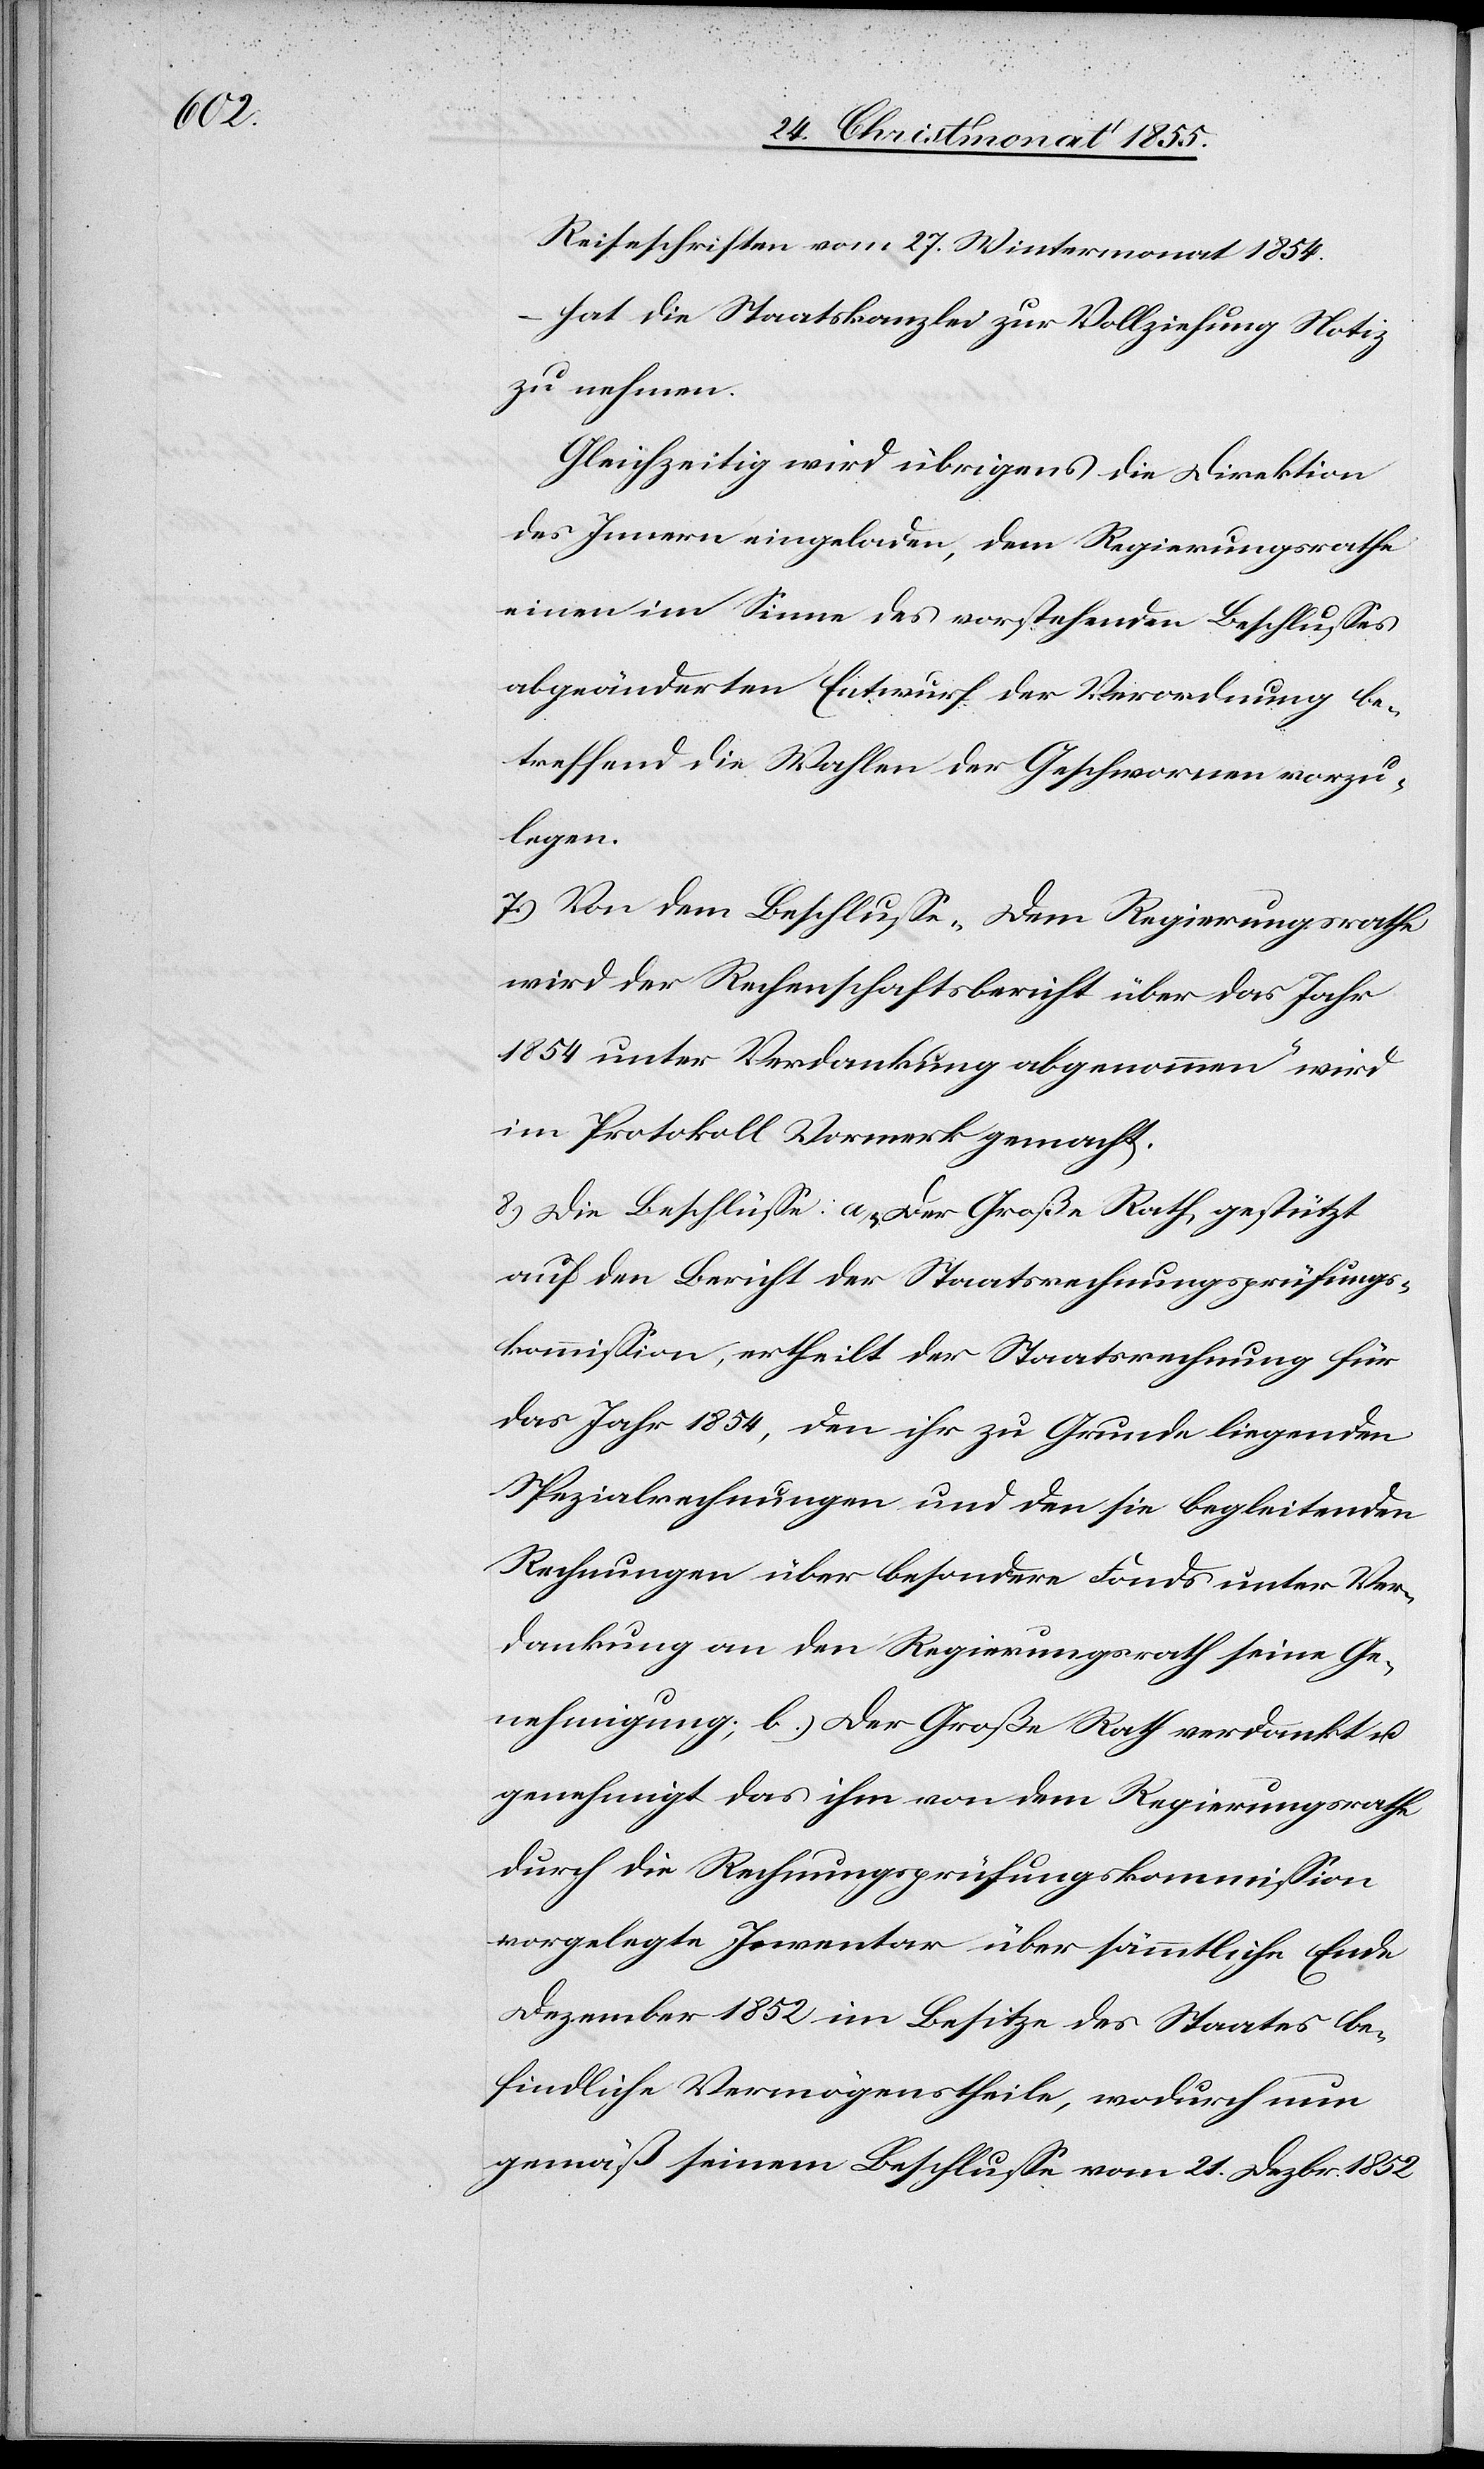
Reiseschriften vom 27. Wintermonat 1854.[“]
hat die Staatskanzlei zur Vollziehung Notiz
zu nehmen.
Gleichzeitig wird übrigens die Direktion
des Innern eingeladen, dem Regierungsrathe
einen im Sinne des vorstehenden Beschlusses
abgeänderten Entwurf der Verordnung be¬
treffend die Wahlen der Geschwornen vorzu¬
legen.
Von dem Beschlusse „Dem Regierungsrathe
wird der Rechenschaftsbericht über das Jahr
1854 unter Verdankung abgenommen“ wird
im Protokoll Vormerk gemacht.
Die Beschlüsse: a) „Der Große Rath, gestützt
auf den Bericht der Staatsrechnungsprüfungs¬
kommission, ertheilt der Staatsrechnung für
das Jahr 1854, den ihr zu Grunde liegenden
Spezialrechnungen und den sie begleitenden
Rechnungen über besondere Fonds unter Ver¬
dankung an den Regierungsrath seine Ge¬
nehmigung; b.) Der Große Rath verdankt u.
genehmigt das ihm von dem Regierungsrathe
durch die Rechnungsprüfungskommission
vorgelegte Inventar über sämmtliche Ende
Dezember 1852 im Besitze des Staates be¬
findliche Vermögenstheile, wodurch nun
gemäß seinem Beschlusse vom 21. Dezbr. 1852